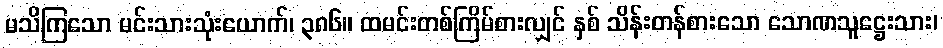
မသိကြသော မင်းသားသုံးယောက်၊ ၃၈၆။ ထမင်းတစ်ကြိမ်စားလျှင် နှစ် သိန်းတန်စားသော သောဏသူဋ္ဌေးသား၊